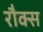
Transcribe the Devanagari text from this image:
रौक्स